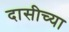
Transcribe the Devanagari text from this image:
दासीच्या